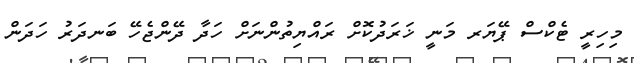
މިހިރީ ޓެކްސް ޕޭޔަރ މަނީ ޚަރަދުކޮށް ރައްޔިތުންނަށް ހަދާ ދޭންޖެހޭ ބަނދަރު ހަދަން